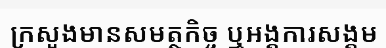
ក្រសួងមានសមត្ថកិច្ច ឬអង្គការសង្គម